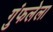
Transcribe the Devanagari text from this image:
गुंफलेला